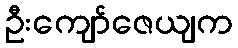
ဦးကျော်ဇေယျက